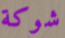
شوكة